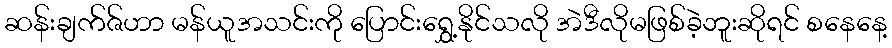
ဆန်းချက်ဇ်ဟာ မန်ယူအသင်းကို ပြောင်းရွှေ့နိုင်သလို အဲဒီလိုမဖြစ်ခဲ့ဘူးဆိုရင် စနေနေ့